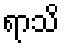
ရာသိ